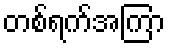
တစ်ရက်အကြာ